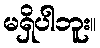
မရှိပါဘူး။